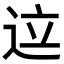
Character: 𬨢